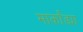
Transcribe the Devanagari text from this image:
मार्कांड्या